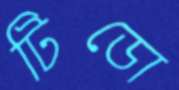
টিডো